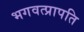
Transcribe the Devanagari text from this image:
भगवत्प्रापति